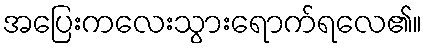
အပြေးကလေးသွားရောက်ရလေ၏။